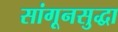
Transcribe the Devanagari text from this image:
सांगूनसुद्धा